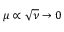
\mu \propto \sqrt { \nu } \to 0